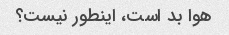
هوا بد است، اینطور نیست؟